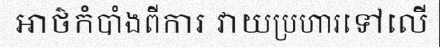
អាថ៌កំបាំងពីការ វាយប្រហារទៅលើ